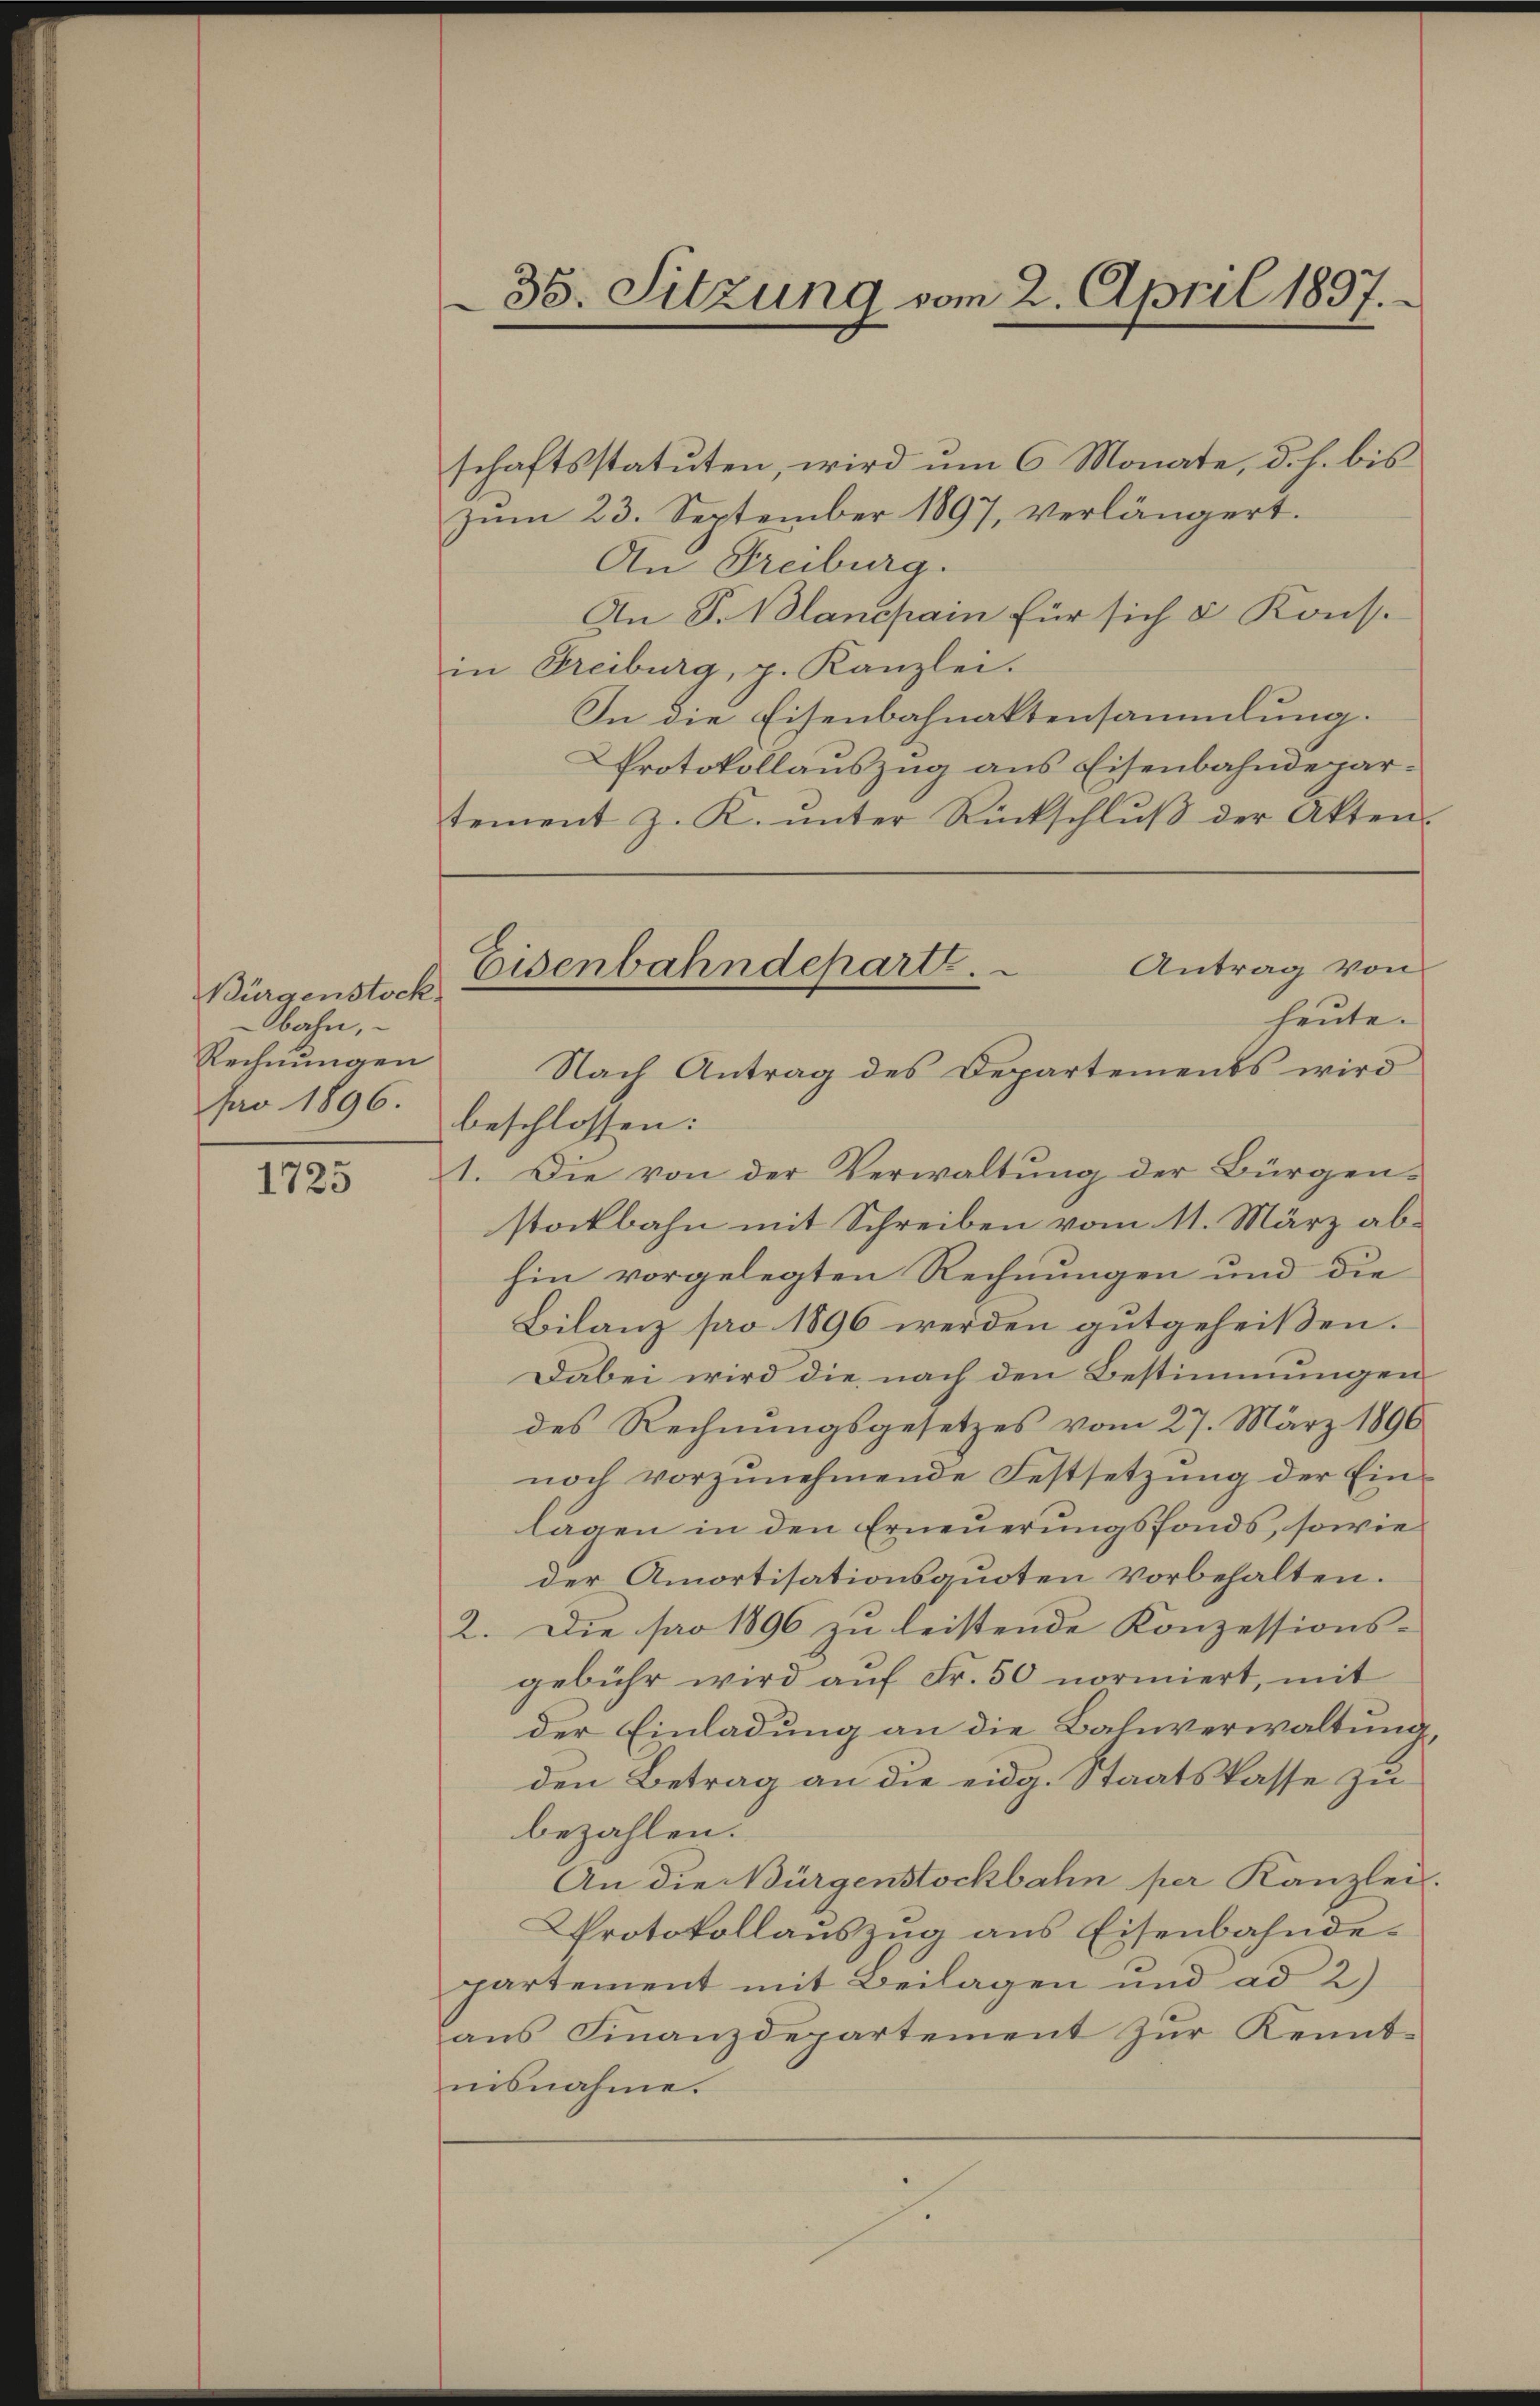
Bürgenstock.
bahn,
Rechnungen
pro 1896.

1723

38. Sitzung vom 2. April 1897.

schaftsstatuten, wird um 6 Monate, d. h. bis
zum 23. September 1897, verlängert.
An Freiburg.
An P. Blanchain für sich & Kons.
in Freiburg, p. Kanzlei.
In die Eisenbahnaktensammlung.
Protokollauszug aus Eisenbahndepartement z. K. ŭnter Rückschlŭβ der Akten.
beschlossen:
1. Die von der Verwaltung der Bürgen-
stockbahn mit Schreiben vom 11. März abhin vorgelegten Rechnungen und die
Bilanz pro 1896 werden gutgeheißen.
Dabei wird die nach den Bestimmungen
des Rechnungsgesetzes vom 27. März 1896
noch vorzunehmende Festsetzung der Einlagen in den Erneŭerŭngsfonds, sowie
der Amortisationsquoten vorbehalten.
2. Die pro 1896 zu leistende Konzessions-
gebühr wird aŭf Fr. 50 normiert, mit
der Einladung an die Bahnverwaltung,
den Betrag an die eidg. Staatskasse zu
bezahlen.
An die Bürgenstockbahn per Kanzlei.
Protokollauszug aus Eisenbahndepartement mit Beilagen und ad 2)
aus Finanzdepartement zur Kenntnisnahme.

Eisenbahndepart. Antrag von
heute.
Nach Antrag des Departements wird